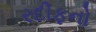
રદીફનો